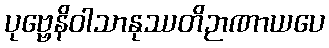
ပုဗ္ဗေနိဝါသာနုဿတိဉာဏာယပေ